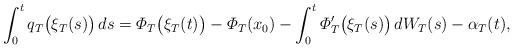
LaTeX: \begin{align*} \int_{0}^{t}q_T \bigl(\xi_T(s) \bigr)\,ds=\varPhi_T \bigl(\xi_T(t) \bigr)- \varPhi_T(x_0)- \int_{0}^{t} \varPhi'_T \bigl(\xi_T(s) \bigr) \,dW_T(s)-\alpha_T(t),\end{align*}